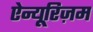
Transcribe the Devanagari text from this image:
ऐन्यूरिज़म